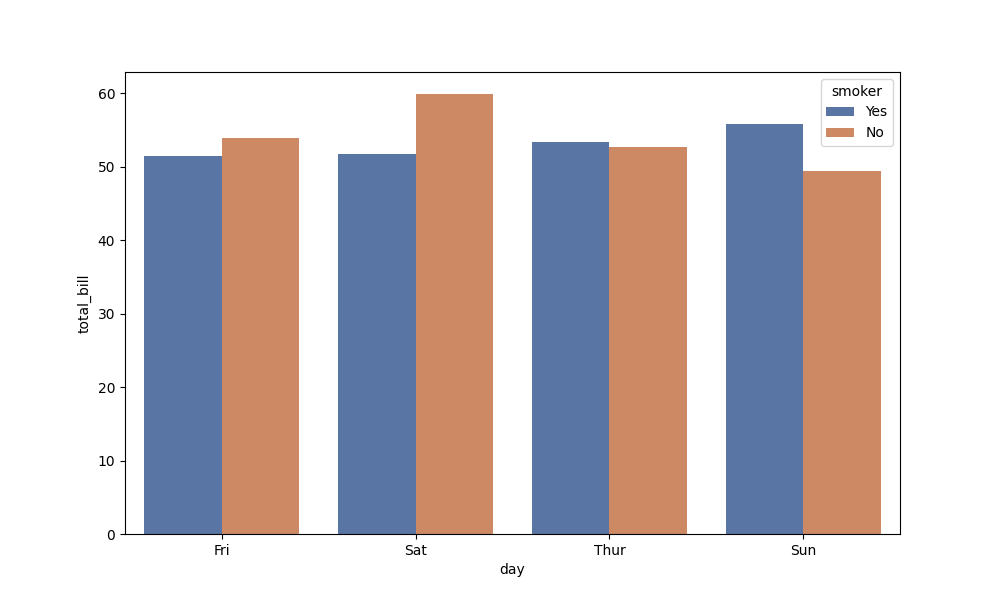
python, seaborn, barplot, hue='smoker', palette='deep', ci=None, orient='v'